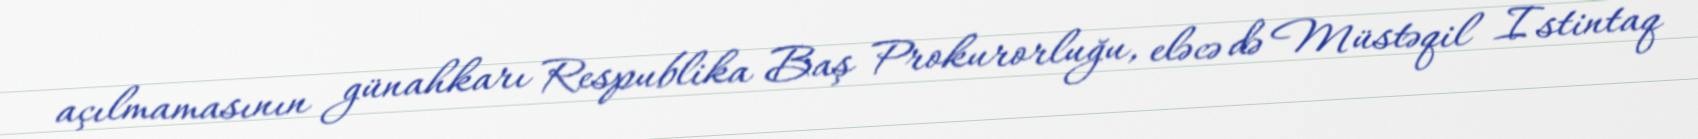
açılmamasının günahkarı Respublika Baş Prokurorluğu, eləcə də Müstəqil Istintaq